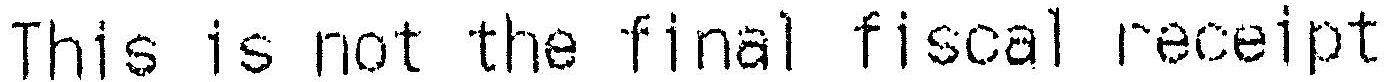
THIS IS NOT THE FINAL FISCAL RECEIPT